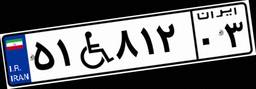
۵۱W۹۳۴۹۲